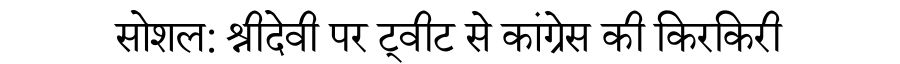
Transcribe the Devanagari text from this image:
सोशल: श्रीदेवी पर ट्वीट से कांग्रेस की किरकिरी